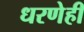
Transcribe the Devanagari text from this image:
धरणेही